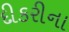
દીકરીના